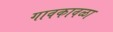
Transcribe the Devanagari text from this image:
गावकावळा